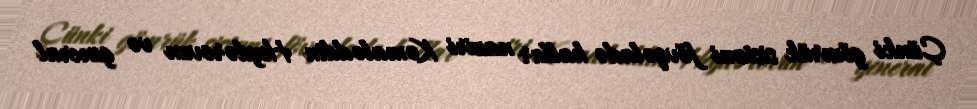
Çünki gömrük sistemi fövqəladə hallar naziri Kəmaləddin Heydərovun və general